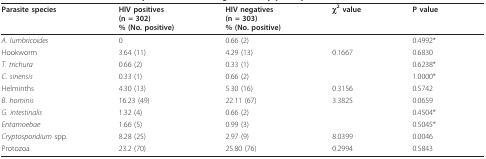
| Parasite species | HIV positives (n = 302)% (No. positive) | HIV negatives (n = 303)% (No. positive) | χ2 value | P value |
 | --- | --- | --- | --- | --- |
 | A. lumbricoides | 0 | 0.66 (2) |  | 0.4992* |
 | Hookworm | 3.64 (11) | 4.29 (13) | 0.1667 | 0.6830 |
 | T. trichura | 0.66 (2) | 0.33 (1) |  | 0.6238* |
 | C. sinensis | 0.33 (1) | 0.66 (2) |  | 1.0000* |
 | Helminths | 4.30 (13) | 5.30 (16) | 0.3156 | 0.5742 |
 | B. hominis | 16.23 (49) | 22.11 (67) | 3.3825 | 0.0659 |
 | G. intestinalis | 1.32 (4) | 0.66 (2) |  | 0.4504* |
 | Entamoebae | 1.66 (5) | 0.99 (3) |  | 0.5045* |
 | Cryptosporidium spp. | 8.28 (25) | 2.97 (9) | 8.0399 | 0.0046 |
 | Protozoa | 23.2 (70) | 25.80 (76) | 0.2994 | 0.5843 |